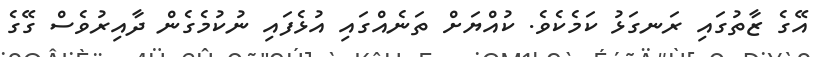
އޭގެ ޒާތުގައި ރަނގަޅު ކަމެކެވެ. ކުއްޔަށް ތަނެއްގައި އުޅެފައި ނުކުމެގެން ދާއިރުވެސް ގޭގެ